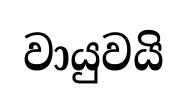
වායුවයි